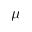
\mu